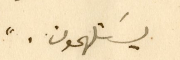
يسَتلهمون."